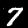
Label: 7